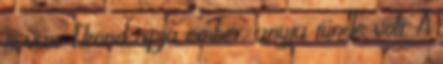
is van. Elrond apja ember, anyja tünde volt. A